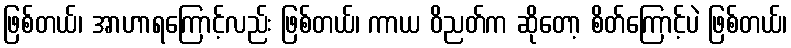
ဖြစ်တယ်၊ အာဟာရကြောင့်လည်း ဖြစ်တယ်၊ ကာယ ဝိညတ်က ဆိုတော့ စိတ်ကြောင့်ပဲ ဖြစ်တယ်၊